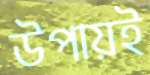
উপায়ই